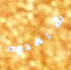
شاهدوه